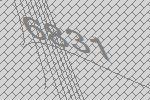
6831